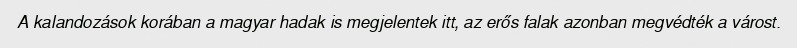
A kalandozások korában a magyar hadak is megjelentek itt, az erős falak azonban megvédték a várost.